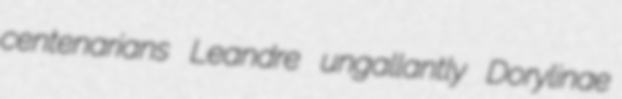
centenarians Leandre ungallantly Dorylinae